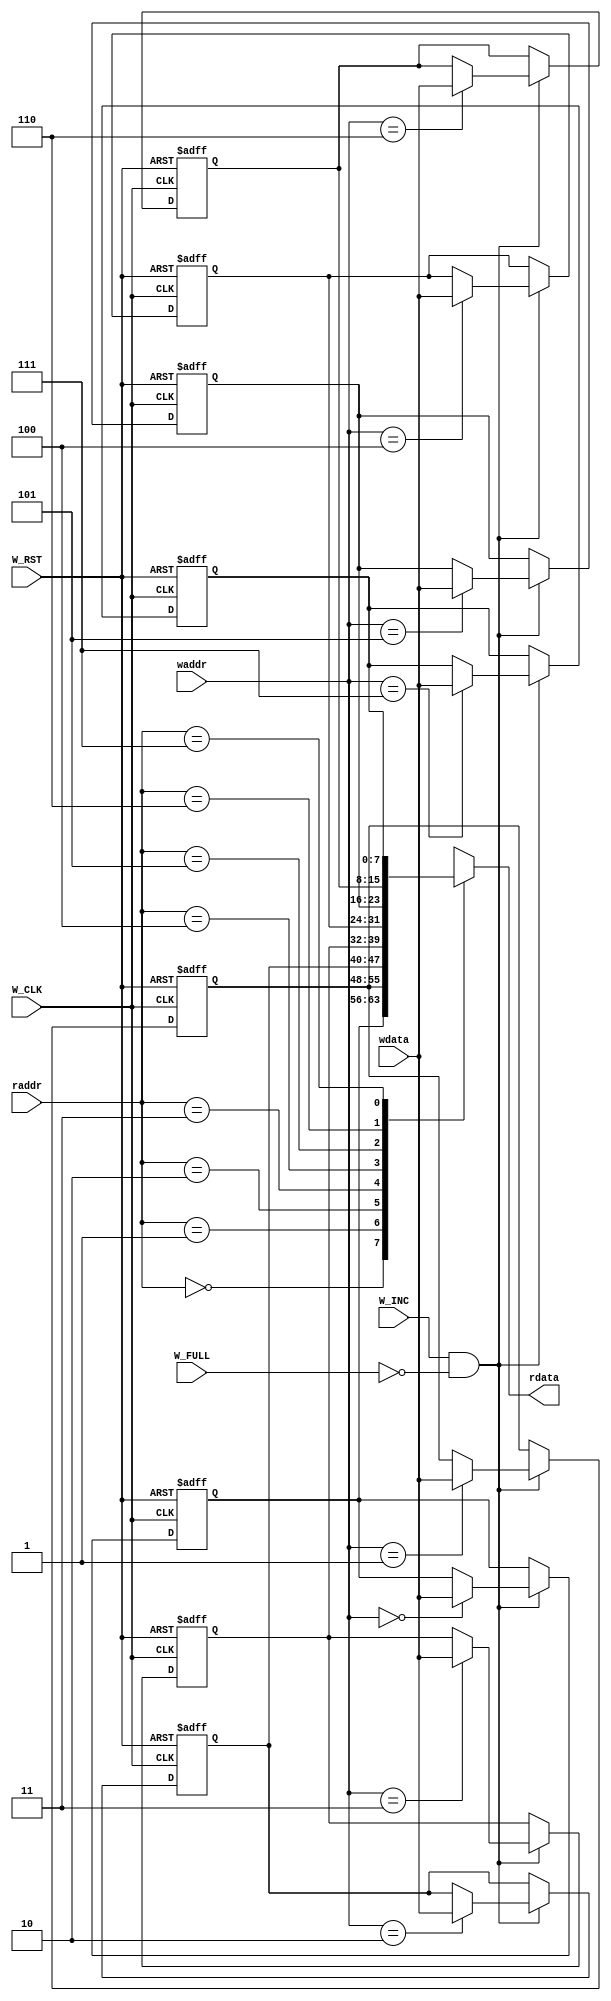
module FIFO_MEMORY #(

	parameter DATA_WIDTH = 8

	)(

	input wire [DATA_WIDTH-1:0] wdata ,
	input wire  	 	 	  	W_INC ,
	input wire  		 	 	W_FULL ,
	input wire [2:0] 	 	 	waddr ,
	input wire   	 	 	 	W_CLK ,
	input wire	 	 	  	 	W_RST , 	 	 		
	input wire [2:0]  	 	 	raddr ,

	output     [DATA_WIDTH-1:0]  		rdata

	);

	reg [DATA_WIDTH-1:0] FIFO_MEM [7:0];
	integer i ;

	always @(posedge W_CLK or negedge W_RST) begin

		if (!W_RST) begin
			for(i=0 ; i < DATA_WIDTH ; i=i+1) FIFO_MEM [i] <= 0;	
		end

		else if(W_INC && !W_FULL) begin
 			FIFO_MEM [waddr] <= wdata ; // write operation has enable condition
		end
	end

	assign rdata = FIFO_MEM [raddr] ; // reading operation is alwyas on

endmodule